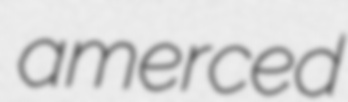
amerced